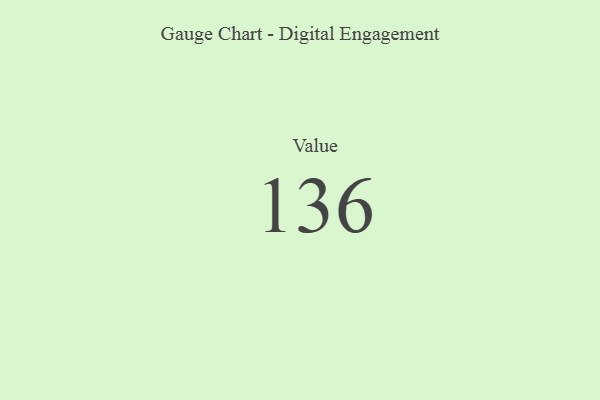
{"axis": {"x": "Metric", "y": "Value"}, "legend": [""], "data": [{"x": "Value", "y": 136, "type": ""}]}